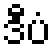
ဒီပံ